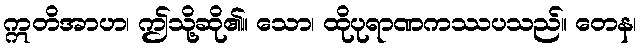
ဣတိအာဟ၊ ဤသို့ဆို၏။ သော၊ ထိုပုရာဏကဿပသည်။ တေန၊